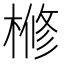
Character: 𣘀